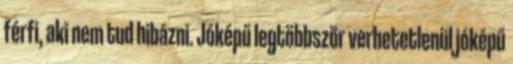
férfi, aki nem tud hibázni. Jóképű legtöbbször verhetetlenül jóképű